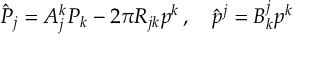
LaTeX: \hat { \cal P } _ { j } = A _ { j } ^ { k } { \cal P } _ { k } - 2 \pi R _ { j k } p ^ { k } \, , \quad \hat { p } ^ { j } = B _ { k } ^ { j } p ^ { k }